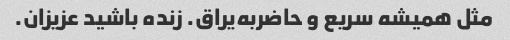
مثل همیشه سریع و حاضربه‌یراق. زنده باشید عزیزان.